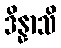
ဒိန္နာသိ